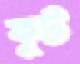
ফুট